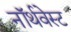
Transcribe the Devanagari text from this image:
नॉर्थवेस्‍ट